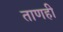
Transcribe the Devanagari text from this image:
ताणही